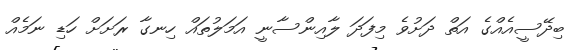
ބިދޭސީއެއްގެ އަތް ދަށުވެ މިފަދަ ލާއިންސާނީ އަމަލުތައް ހިނގާ ރަށަށް ހަޑި ނަމެއް